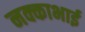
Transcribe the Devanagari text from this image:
नक्काभाई